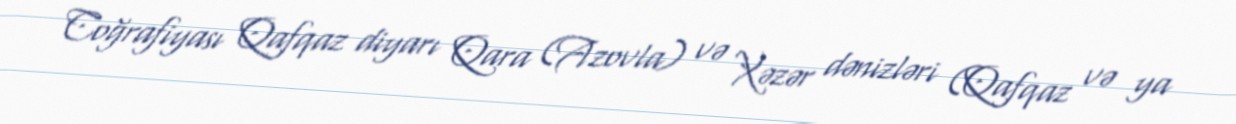
Coğrafiyası Qafqaz diyarı Qara (Azovla) və Xəzər dənizləri (Qafqaz və ya